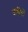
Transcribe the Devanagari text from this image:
टोहियों